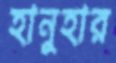
হানুহার